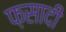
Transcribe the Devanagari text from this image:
फ़सादी